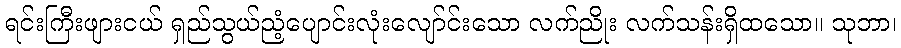
ရင်းကြီးဖျားငယ် ရှည်သွယ်ညံ့ပျောင်းလုံးလျော်င်းသော လက်ညိုး လက်သန်းရှိထသော။ သုဘာ၊